Subject: econ
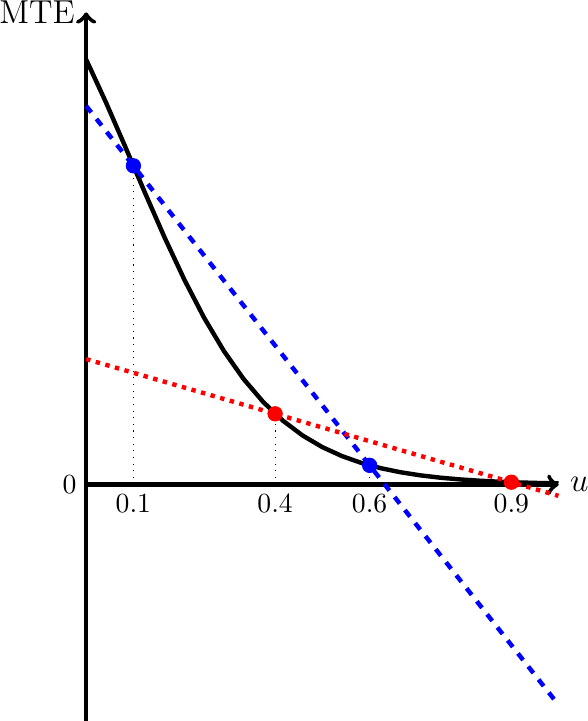
LaTeX code:
\begin{tikzpicture}[scale=6]
  \draw[->,ultra thick] (0, 0) -- (1, 0) node[right] {\large $u$};
  \draw[->,ultra thick] (0, 0) -- (0,1) node[left] {\large MTE};
  \draw[-,ultra thick] (0, 0) -- (0,-.5);
  \draw[-,dotted] (0.1, 0) -- (0.1,2.7/4);
  \draw (0.1,0) node[below]{\normalsize 0.1};
  \draw (0,0) node[left]{\normalsize 0};
  \draw[-,dotted] (0.4, 0) -- (.4,2.7/18);
  \draw (.4,0) node[below]{\normalsize 0.4};
  \draw[-,dotted] (.6, 0) -- (.6,2.7/66);
  \draw (.6,0) node[below]{\normalsize 0.6};
  \draw[-,dotted] (.9, 0) -- (0.9,2.7/514);
  \draw (0.9,0) node[below]{\normalsize 0.9};

  \draw[-,  ultra thick, black,domain=0:1]   plot (\x,{ 2.7/(2 + 2^(10*\x))});

  \draw[-, dashed, ultra thick, blue,domain=0:1]   plot (\x,{ 2.7/4 -0.2*(2.7/(2^6+2) - 2.7/(2^1+2)) + 2*(2.7/(2^6+2) - 2.7/(2^1+2))*\x });

  \draw[-, dotted, ultra thick, red,domain=0:1]   plot (\x,{ 2.7/(2^4+2)- 0.8*(2.7/(2^9+2) - 2.7/(2^4+2)) + 2*(2.7/(2^9+2) - 2.7/(2^4+2))*\x });

  \draw[fill,blue] (0.1,2.7/4) circle [radius=0.015];
  \draw[fill,blue] (0.6,2.7/66) circle [radius=0.015];

  \draw[fill,red] (0.4,2.7/18) circle [radius=0.015];
  \draw[fill,red] (0.9,2.7/514) circle [radius=0.015];

  \end{tikzpicture}